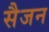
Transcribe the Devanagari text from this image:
सैजन